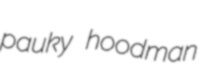
pauky hoodman